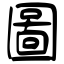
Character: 圖